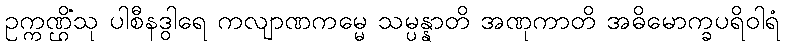
ဥက္ကဏ္ဌိံသု ပါစီနဒွါရေ ကလျာဏကမ္မေ သမ္ပန္နာတိ အဏုကာတိ အဓိမောက္ခပရိဝါရံ